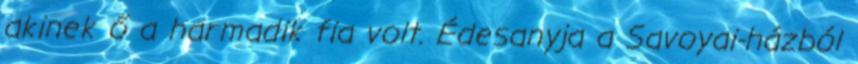
akinek ő a harmadik fia volt. Édesanyja a Savoyai-házból